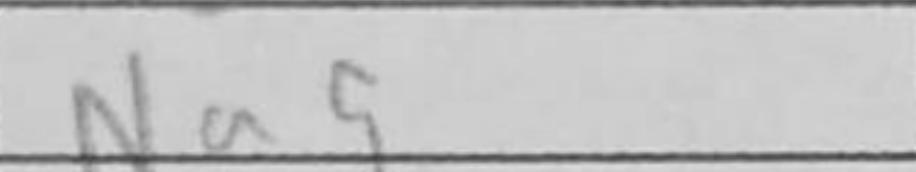
Transcription: Na5